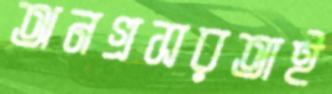
অনগ্রসরতাই